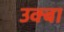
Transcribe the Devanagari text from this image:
उक्बा